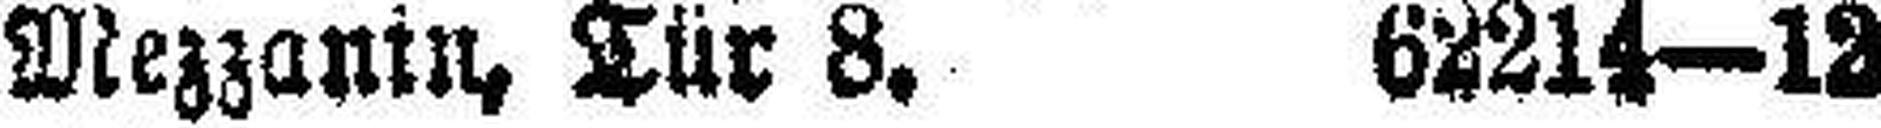
Mezzanin, Tür 8. 62214—12